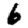
Digit: 6